Annual administration report of the Civil Veterinary Department, Ajmere-Merwara, British Rajputana - 1914-1940
Year: 1914
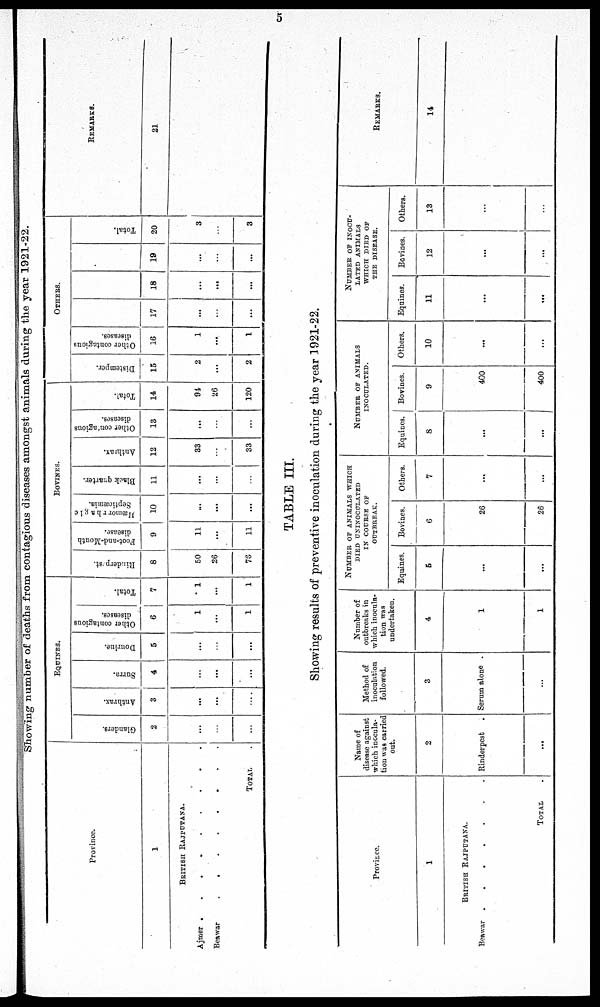
5
Showing number of deaths from contagious diseases amongst animals during the year 1921-22.
Province.
Ajmer .
Beawar
1
BRITISH RAJPUTANA.
. . . . . . . .
. . . . . . . .
TOTAL
EQUINES.
Glanders.
2
...
...
...
Anthrax.
3
...
...
...
Surra.
4
...
...
...
Dourine.
5
...
...
...
Other contagious
diseases.
6
1
...
1
Total.
7
1
...
1
BOVINES.
Rinderpest.
8
50
26
76
Foot-and-Mouth
disease.
9
11
...
11
Hæmorrhagic
Septicæmia.
10
...
...
...
Black quarter.
11
...
...
...
Anthrax.
12
33
...
33
Other contagious
diseases.
13
...
...
...
Total.
14
94
26
120
OTHERS.
Distemper.
15
2
...
2
Other contagious
diseases.
16
1
...
1
17
...
...
...
18
...
...
...
19
...
...
...
Total.
20
3
...
3
REMARKS.
21
TABLE III.
Showing results of preventive inoculation during the year 1921-22.
Province.
Beawar
1
BRITISH RAJPUTANA.
. . . . . . .
TOTAL
Name of
disease against
which inocula-
tion was carried
out.
2
Rinderpest.
...
Method of
inoculation
followed.
3
Serum alone .
...
Number of
outbreaks in
which inocula-
tion was
undertaken.
4
1
1
NUMBER OF ANIMALS WHICH
DIED UNINOCULATED
IN COURSE OF
OUTBREAK.
Equines.
5
...
...
Bovines.
6
26
26
Others.
7
...
...
NUMBER OF ANIMALS
INOCULATED.
Equines.
8
...
...
Bovines.
9
400
400
Others.
10
...
...
NUMBER OF INOCU-
LATED ANIMALS
WHICH DIED OF
THE DISEASE.
Equines.
11
...
...
Bovines.
12
...
...
Others.
13
...
...
REMARKS.
14